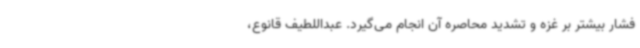
فشار بیشتر بر غزه و تشدید محاصره آن انجام می‌گیرد. عبداللطیف قانوع،